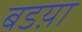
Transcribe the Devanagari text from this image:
बडय़ा